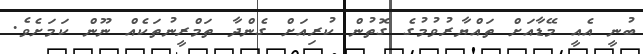
ބުނީ އެއީ މޭޑާއަށް ތައްޔާރުވުމުގެ ގޮތުން ކުރިއަށް ގެންދާ ތަމްރީނުތަކެއް ނޫން ކަމަށެވެ.